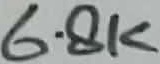
Text: 6.8K